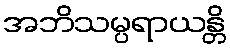
အဘိသမ္ပရာယန္တိ